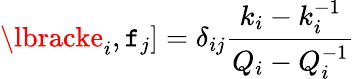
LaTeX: \lbracke_{i},\mathtt{f}_{j}]=\delta_{ij}\frac{{k_{i}-k_{i}^{-1}}}{{Q_{i}-Q_{i}^{-1}}}